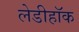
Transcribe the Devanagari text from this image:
लेडीहॉक